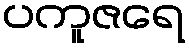
ပကူဇရေ